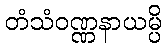
တံသံဝဏ္ဏနာယမ္ပိ